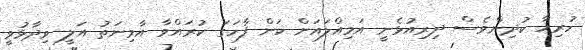
ހުރިހާ ކުދިންވެސް ދިރިއުޅެނީ އަމިއްލައަށް ކަން ފާހަގަ ކުރައްވާ އާމިނަތު އަލީ ވިދާޅުވީ